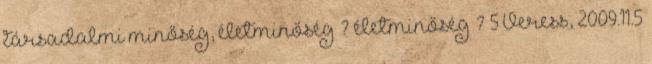
társadalmi minőség, életminőség ? életminőség ? 5 Veress, 2009.11.5